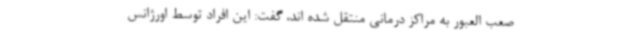
صعب العبور به مراکز درمانی منتقل شده اند، گفت: این افراد توسط اورژانس